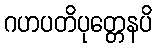
ဂဟပတိပုတ္တေနပိ